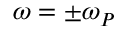
\omega = \pm \omega _ { P }